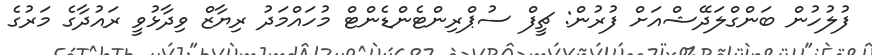
ފުލުހުން ބަންގްލަދޭޝްއަށް ފުރުން: ޗީފް ސުޕްރިންޓެންޑެންޓް މުހައްމަދު ރިޔާޒް ވިދާޅުވީ ރައުދާގެ މަރުގެ